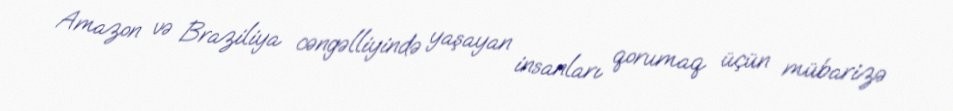
Amazon və Braziliya cəngəlliyində yaşayan insanları qorumaq üçün mübarizə